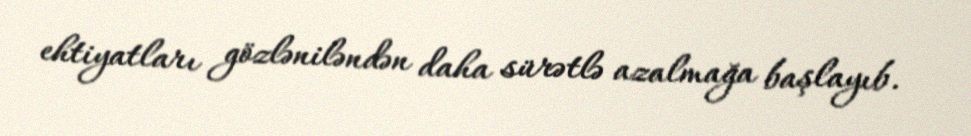
ehtiyatları gözləniləndən daha sürətlə azalmağa başlayıb.